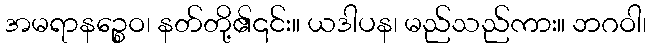
အမရာနဉ္စေဝ၊ နတ်တို့၏၎င်း။ ယဒါပန၊ မည်သည်ကား။ ဘဂဝါ၊